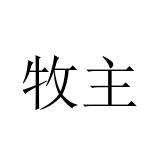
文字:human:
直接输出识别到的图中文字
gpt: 牧主